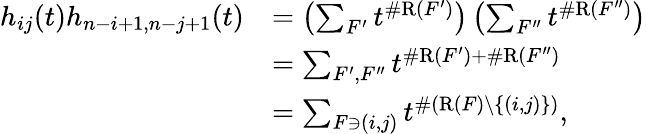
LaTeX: \begin{array}{rl}{h_{ij}(t)h_{n-i+1,n-j+1}(t)}&{=\left(\sum_{F^{\prime}}t^{\# \mathrm{R}(F^{\prime})}\right)\left(\sum_{F^{\prime\prime}}t^{\# \mathrm{R}(F^{\prime\prime})}\right)}\\ &{=\sum_{F^{\prime},F^{\prime\prime}}t^{\# \mathrm{R}(F^{\prime})+\# \mathrm{R}(F^{\prime\prime})}}\\ &{=\sum_{F\ni(i,j)}t^{\# (\mathrm{R}(F)\setminus\{ (i,j)\} )},}\end{array}